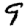
Digit: 9